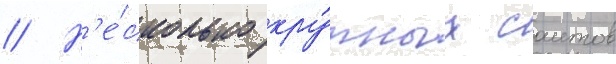
// Н'е́сколько кру́пных саитов